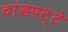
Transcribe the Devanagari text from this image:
दांडपट्टे